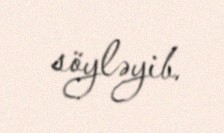
söyləyib.